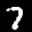
Label: 7